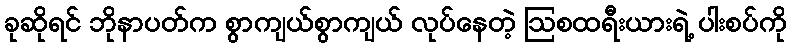
ခုဆိုရင် ဘိုနာပတ်က စွာကျယ်စွာကျယ် လုပ်နေတဲ့ ဩစထရီးယားရဲ့ ပါးစပ်ကို